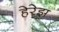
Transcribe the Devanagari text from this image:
हेरेझ